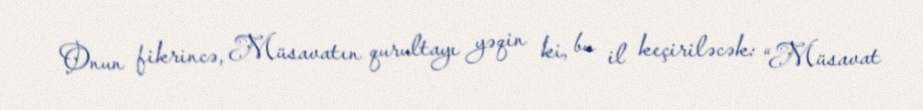
Onun fikrincə, Müsavatın qurultayı yəqin ki, bu il keçiriləcək: “Müsavat